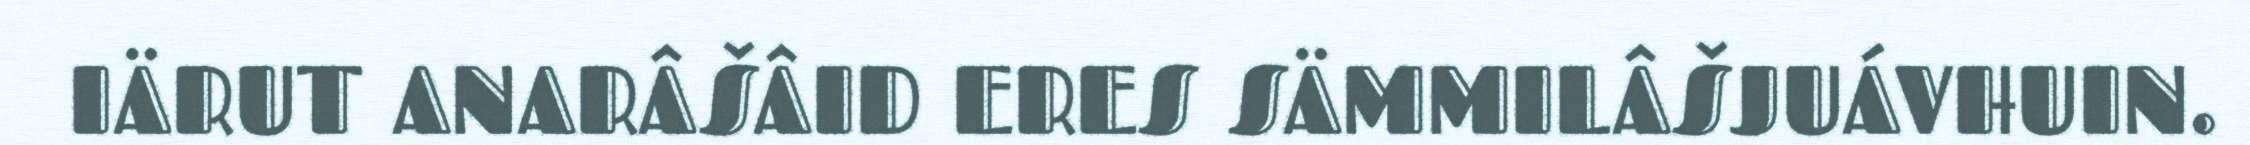
IÄRUT ANARÂŠÂID ERES SÄMMILÂŠJUÁVHUIN.